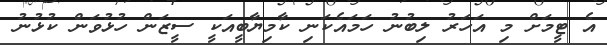
އެ ޓީމަށް މި އަހަރު ލިބުނު ހަމައެކަނި ކާމިޔާބީއަކީ ސީޒަން ހުޅުވަން ކުޅުނު